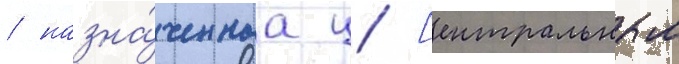
/ назна́ченнаа ц [ентральным